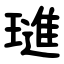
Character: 璡